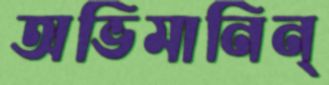
অভিমানিন্